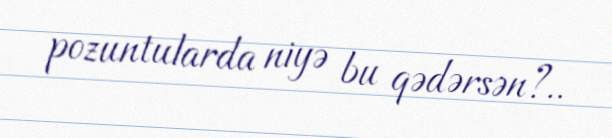
pozuntularda niyə bu qədərsən?..